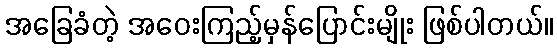
အခြေခံတဲ့ အဝေးကြည့်မှန်ပြောင်းမျိုး ဖြစ်ပါတယ်။